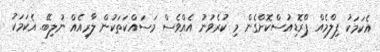
އެކަމަކު ފިލްމެއް ޕްރޮޑިއުސްކޮށްގެން މި ކުރެވުނު އެއްވެސް މަސައްކަތަކުން ލާރިއެއް ނުލިބޭ. އެކަމަކު